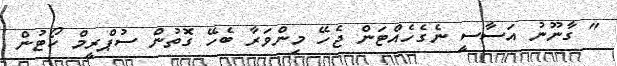
" ގާނޫނު އަސާސީ ނެގެހެއްޓަން ޖެހޭ މިންވަރާ ބެހޭ ގޮތުން ސުޕްރީމް ކޯޓުން